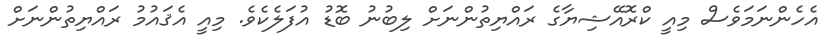
އެހެންނަމަވެސް މިއީ ކްރޮއޭޝިޔާގެ ރައްޔިތުންނަށް ލިބުނު ބޮޑު އުފަލެކެވެ. މިއީ އެޤައުމު ރައްޔިތުންނަށް